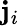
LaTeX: \mathbf{j}_{i}